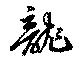
龍